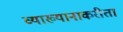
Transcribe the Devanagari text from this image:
व्याख्यानाकरीता